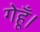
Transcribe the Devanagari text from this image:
गेहूँ।